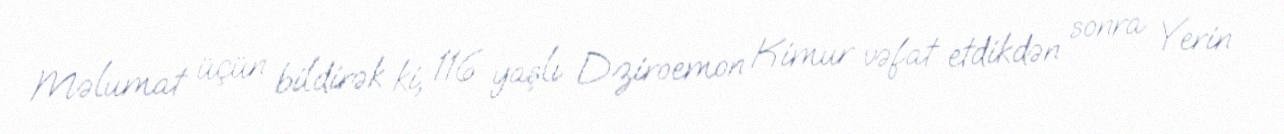
Məlumat üçün bildirək ki, 116 yaşlı Dziroemon Kimur vəfat etdikdən sonra Yerin